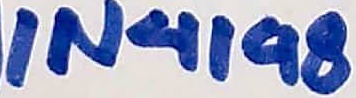
Text: IN4198